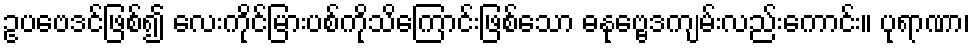
ဥပဗေဒင်ဖြစ်၍ လေးကိုင်မြားပစ်ကိုသိကြောင်းဖြစ်သော ဓနုဗ္ဗေဒကျမ်းလည်းကောင်း။ ပုရာဏာ၊